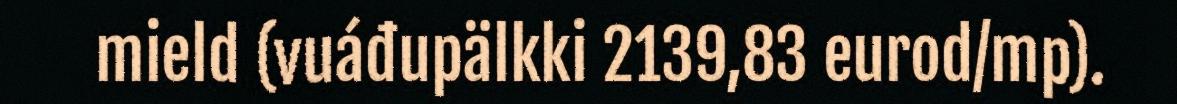
mield (vuáđupälkki 2139,83 eurod/mp).